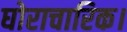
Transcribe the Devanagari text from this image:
घोराचारिक।